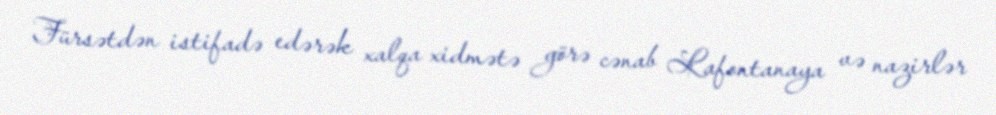
Fürsətdən istifadə edərək xalqa xidmətə görə cənab Lafontanaya və nazirlər